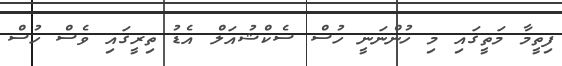
ފިތީމާ މަތީގައި މި ހުންނަނީ ހުސް ސެކްޝުއަލް އެޑު ތިރީގައި ވެސް ހުސް